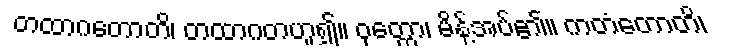
တထာဂတောတိ၊ တထာဂတဟူ၍။ ဝုတ္တော၊ မိန့်အပ်၏။ ကတံတောတိ၊